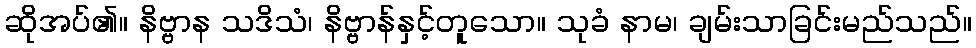
ဆိုအပ်၏။ နိဗ္ဗာန သဒိသံ၊ နိဗ္ဗာန်နှင့်တူသော။ သုခံ နာမ၊ ချမ်းသာခြင်းမည်သည်။